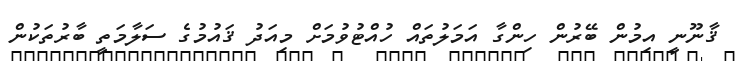
ޤާނޫނީ އިމުން ބޭރުން ހިންގާ އަމަލުތައް ހުއްޓުވުމަށް މިއަދު ޤައުމުގެ ސަލާމަތީ ބާރުތަކުން